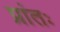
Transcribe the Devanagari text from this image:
प्रांतः